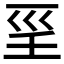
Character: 𡿱